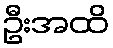
ဦးအထိ